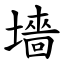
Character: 墻